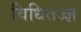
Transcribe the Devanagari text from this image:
विधितज्‍ज्ञ